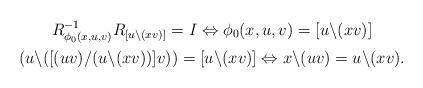
LaTeX: \begin{gather*}R_{\phi_0 (x,u,v)}^{-1}R_{[u\backslash (xv)]}=I\Leftrightarrow \phi_0 (x,u,v)=[u\backslash (xv)]\\(u\backslash([(uv)/(u\backslash (xv))]v))=[u\backslash (xv)]\Leftrightarrow x\backslash (uv)=u\backslash (xv).\end{gather*}